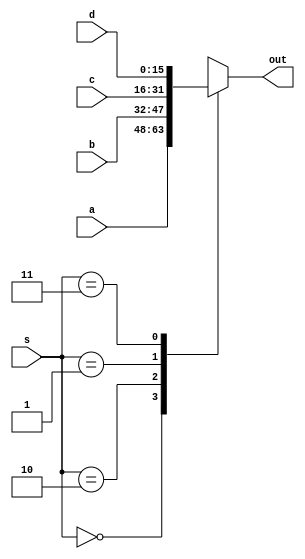
/*
   This file was generated automatically by Alchitry Labs version 1.2.7.
   Do not edit this file directly. Instead edit the original Lucid source.
   This is a temporary file and any changes made to it will be destroyed.
*/

module mux_4_17 (
    input [1:0] s,
    input [15:0] a,
    input [15:0] b,
    input [15:0] c,
    input [15:0] d,
    output reg [15:0] out
  );
  
  
  
  always @* begin
    out = 1'h0;
    
    case (s)
      2'h0: begin
        out = a;
      end
      2'h2: begin
        out = b;
      end
      2'h1: begin
        out = c;
      end
      2'h3: begin
        out = d;
      end
    endcase
  end
endmodule